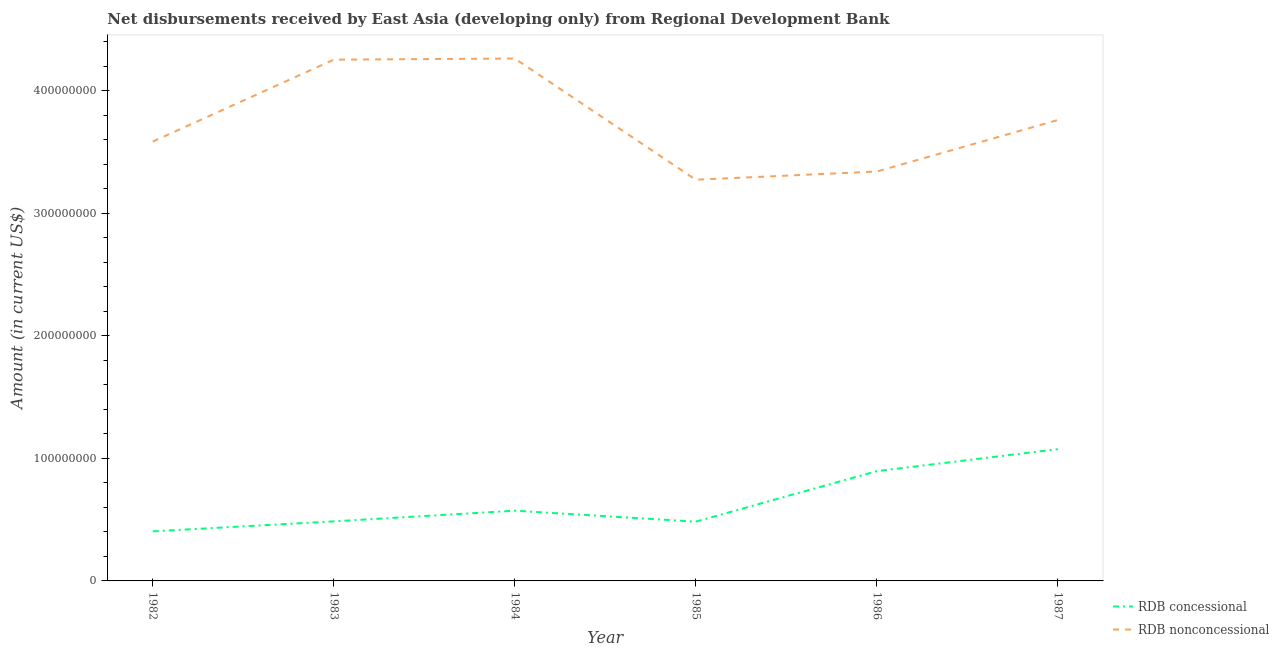
| Year | RDB concessional | RDB nonconcessional |
 | --- | --- | --- |
 | 1982 | 4.05e+07 | 3.59e+08 |
 | 1983 | 4.86e+07 | 4.25e+08 |
 | 1984 | 5.73e+07 | 4.26e+08 |
 | 1985 | 4.84e+07 | 3.27e+08 |
 | 1986 | 8.96e+07 | 3.34e+08 |
 | 1987 | 1.08e+08 | 3.76e+08 |